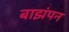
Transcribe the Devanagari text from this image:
बाझंपन